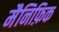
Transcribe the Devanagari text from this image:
मैनिफ़िक